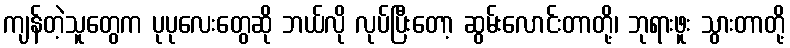
ကျန်တဲ့သူတွေက ပုပုလေးတွေဆို ဘယ်လို လုပ်ပြီးတော့ ဆွမ်းလောင်းတာတို့၊ ဘုရားဖူး သွားတာတို့